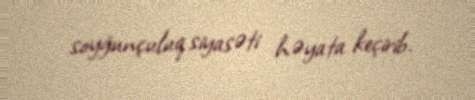
soyğunçuluq siyasəti həyata keçirib.